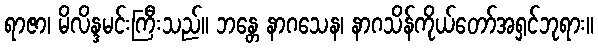
ရာဇာ၊ မိလိန္ဒမင်းကြီးသည်။ ဘန္တေ နာဂသေန၊ နာဂသိန်ကိုယ်တော်အရှင်ဘုရား။